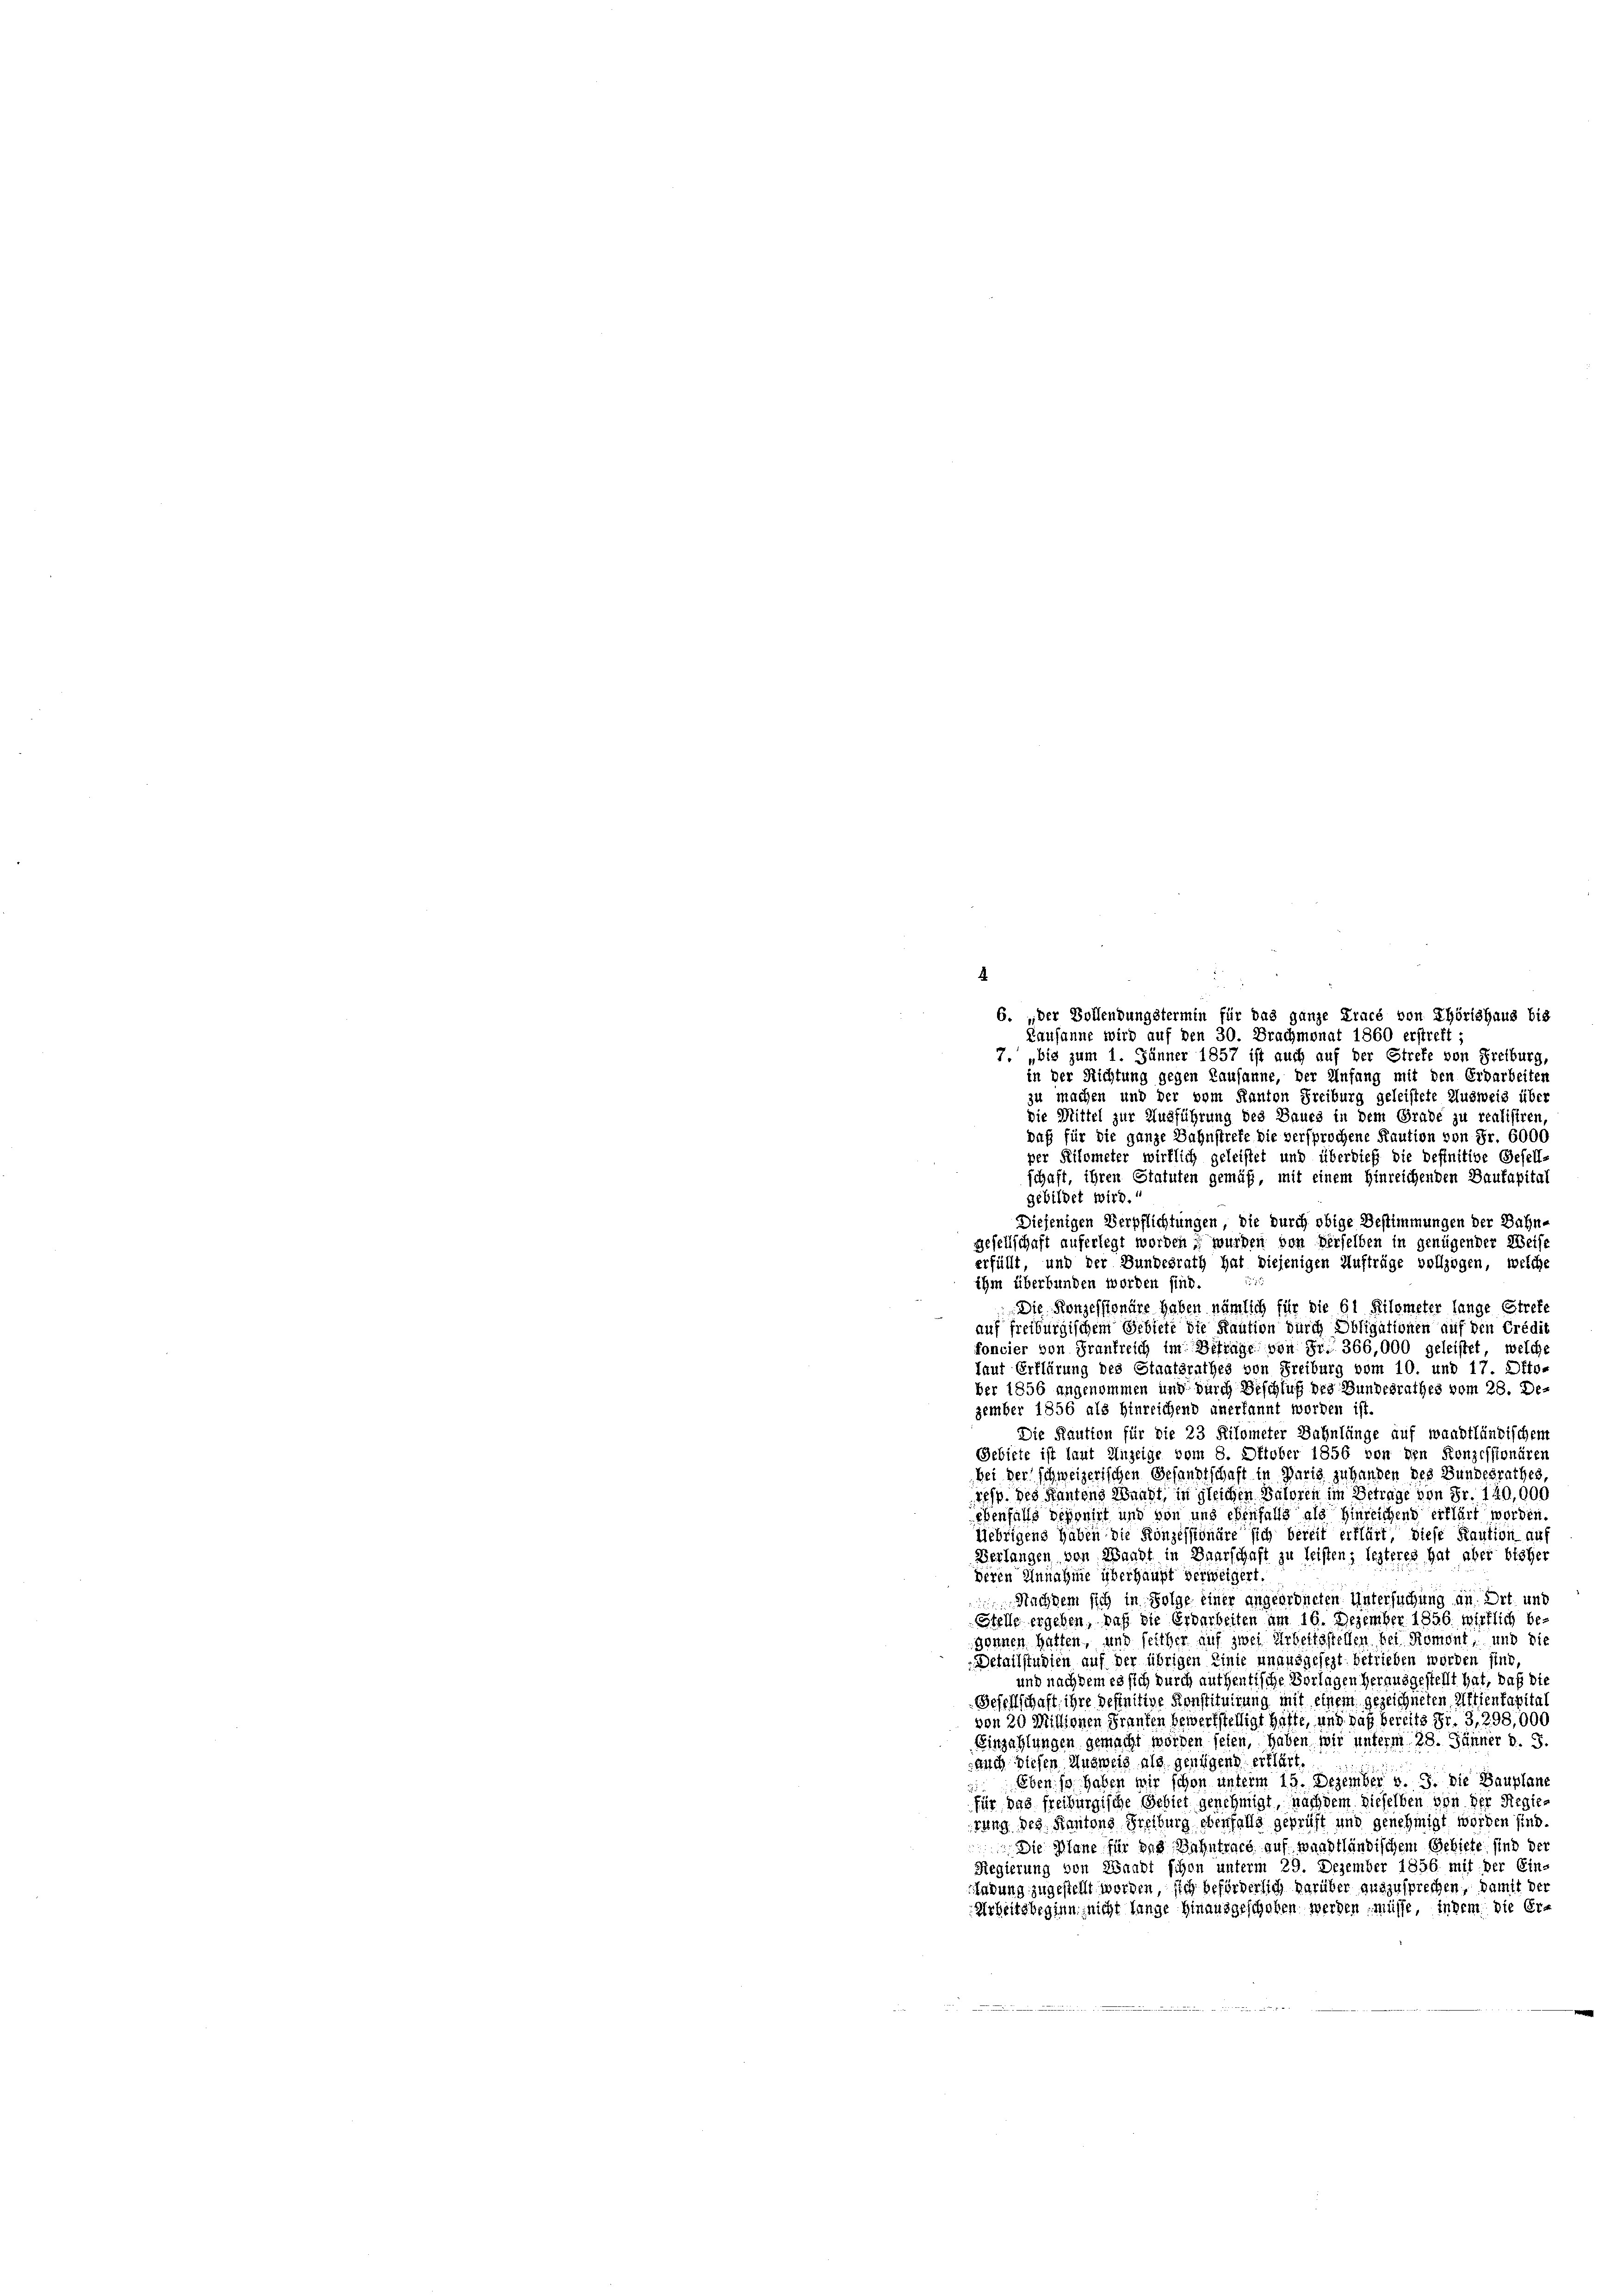
6. „Der Vollendungstermin für das ganze Tracé von Thörishaus bis
Kausanne wird auf den 30. Brachmonat 1860 erstreff
7. „bis zum 1. Jänner 1857 ist auch auf der Strefe von Freiburg,
in der Richtung gegen Lausanne, der Anfang mit den Erdarbeiten
zu machen und der vom Kanton Freiburg geleistete Ausweis über
die Mittel zur Ausführung des Baues in dem Grade zu realisiren,
daß für die ganze Bahnstrete die versprochene Kaution von Fr. 6000
per Kilometer wirklich geleistet und überdieß die definitive Gesell-
schaft, ihren Statuten gemäß, mit einem hinreichenden Baukapital
gebildet wird.
Diejenigen Verpflichtungen, die durch obige Bestimmungen der Bahn-
Gesellschaft auferlegt worden, wurden von derselben in genügender Weise
erfüllt, und der Bundesrath hat diejenigen Aufträge vollzogen, welche
ihm überbunden worden sind.
Die Konzessionäre haben nämlich für die 61 Kilometer lange Strete
auf freiburgischem Gebiete die Kaution durch Obligationen auf den Credit
foncier von Frankreich im Betrage von Fr. 366,000 geleistet, welche
laut Erklärung des Staatsrathes von Freiburg vom 10. und 17. Oktober 1856 angenommen und durch Beschluß des Bundesrathes vom 28. Dezember 1856 als Hinreichend anerkannt worden ist.
Die Kaution für die 23 Kilometer Bahnlänge auf waadtländischem
Gebiete ist laut Anzeige vom 8. Oktober 1856 von den Konzessionären
bei der schweizerischen Gesandtschaft in Paris zu handen des Bundesrathes,
resp. des Kantons Waadt, in gleichen Baloren im Betrage von Fr. 120,000
ebenfalls deponirt und von und ebenfalls als hinreichend erklärt worden.
Uebrigens haben die Konzessionäre sich bereit erklärt, diese Kaution auf
Verlangen von Waadt in Baarschaft zu leisten; lezteres hat aber bisher
Deren Annahme überhaupt verweigert.
Nachdem sich in Folge einer angeordneten Untersuchung an Ort und
Stelle ergeben, daß die Erdarbeiten am 16. Dezember 1856. wirklich be-
sonnen hatten, und seither auf zwei Arbeitsstellen bei Romont, und die
Detailstudien auf der übrigen Linie unausgesezt betrieben worden sind
und nachdem es sich durch authentische Vorlagen herausgestellt hat, daß die
Gesellschaft, ihre befinitive Konstituirung mit einem gezeichneten Aktienkapital
von 20 Millionen Franten bewerkstelligt hätte, und daß bereits Fr. 3, 298,000
Einzahlungen gemacht worden sehen, haben wir unterm 28. Jänner d. 5.
auch diesen Ausweis als genügend erklärt,
Eben so haben wir schon unterm 19. Dezember v. J. die Bauplane
für das freiburgische Gebiet genehmigt, nachdem dieselben von der Regierung des Kantons Freiburg ebenfalls geprüft und genehmigt worden sind.
Die Plane für das Bahntract auf waadtländischem Gebiete sind der
Regierung von Waadt schon unterm 29. Dezember 1856 mit der Ein-
indung zugestellt worden, sich beförderlich darüber auszusprechen, damit der
Urheitsbeginn nicht lange hinausgeschoben werden müsse, indem die Er-